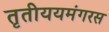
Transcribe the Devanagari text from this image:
तृतीययमंगरस